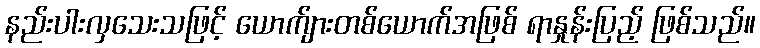
နည်းပါးလှသေးသဖြင့် ယောက်ျားတစ်ယောက်အဖြစ် ရာနှုန်းပြည့် ဖြစ်သည်။